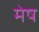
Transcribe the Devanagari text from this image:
मेेष